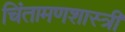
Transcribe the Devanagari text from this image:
चिंतामणशास्त्री